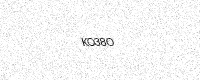
Text: KO38O